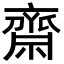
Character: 齋